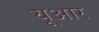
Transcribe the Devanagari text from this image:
यूआर